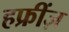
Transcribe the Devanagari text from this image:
हफ्रींज़